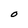
Character: O